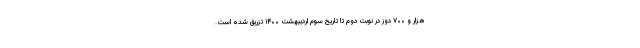
هزار و ۷۰۰ دوز در نوبت دوم تا تاریخ سوم اردیبهشت ۱۴۰۰ تزریق شده است.